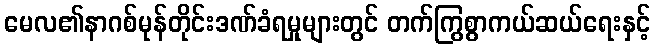
မေလ၏နာဂစ်မုန်တိုင်းဒဏ်ခံရမှုများတွင် တက်ကြွစွာကယ်ဆယ်ရေးနှင့်